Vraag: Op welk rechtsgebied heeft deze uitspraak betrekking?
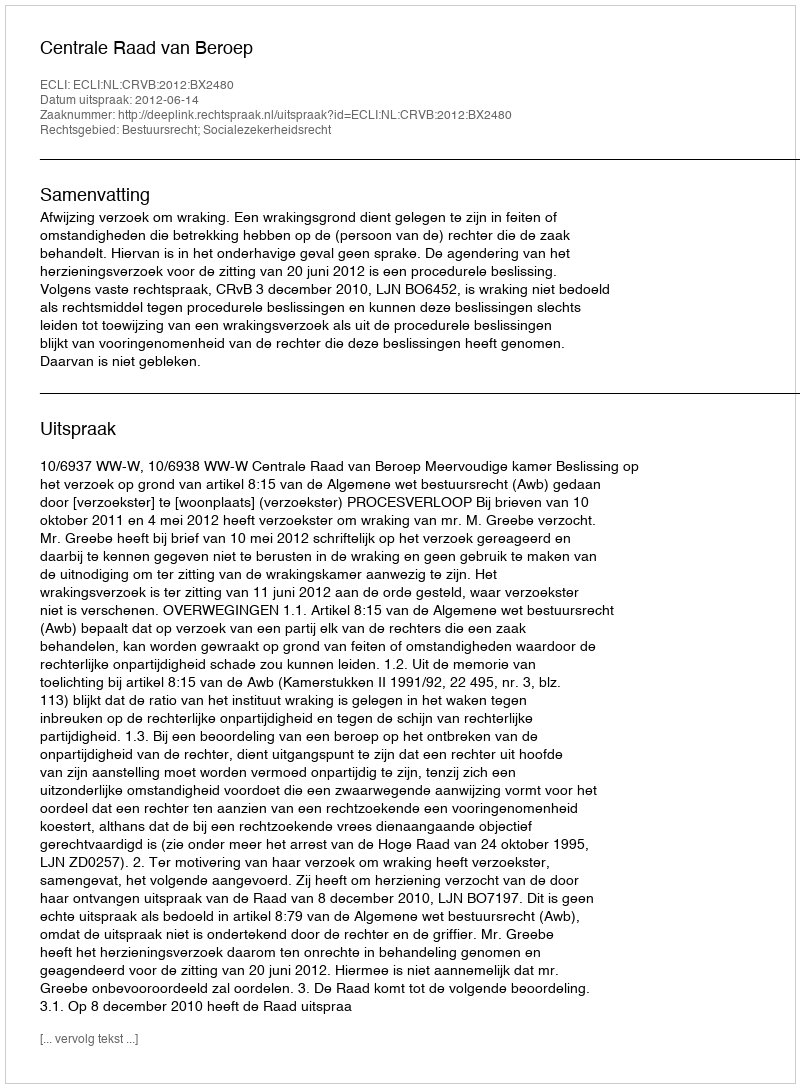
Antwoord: Bestuursrecht; Socialezekerheidsrecht